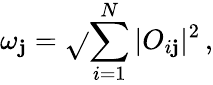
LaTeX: \omega_{\mathbf{j}}=\sqrt{}{{\sum_{i=1}^{N}|O_{i\mathbf{j}}|^{2}}}\, ,